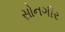
સોનગીર